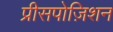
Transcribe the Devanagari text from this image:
प्रीसपोज़िशन